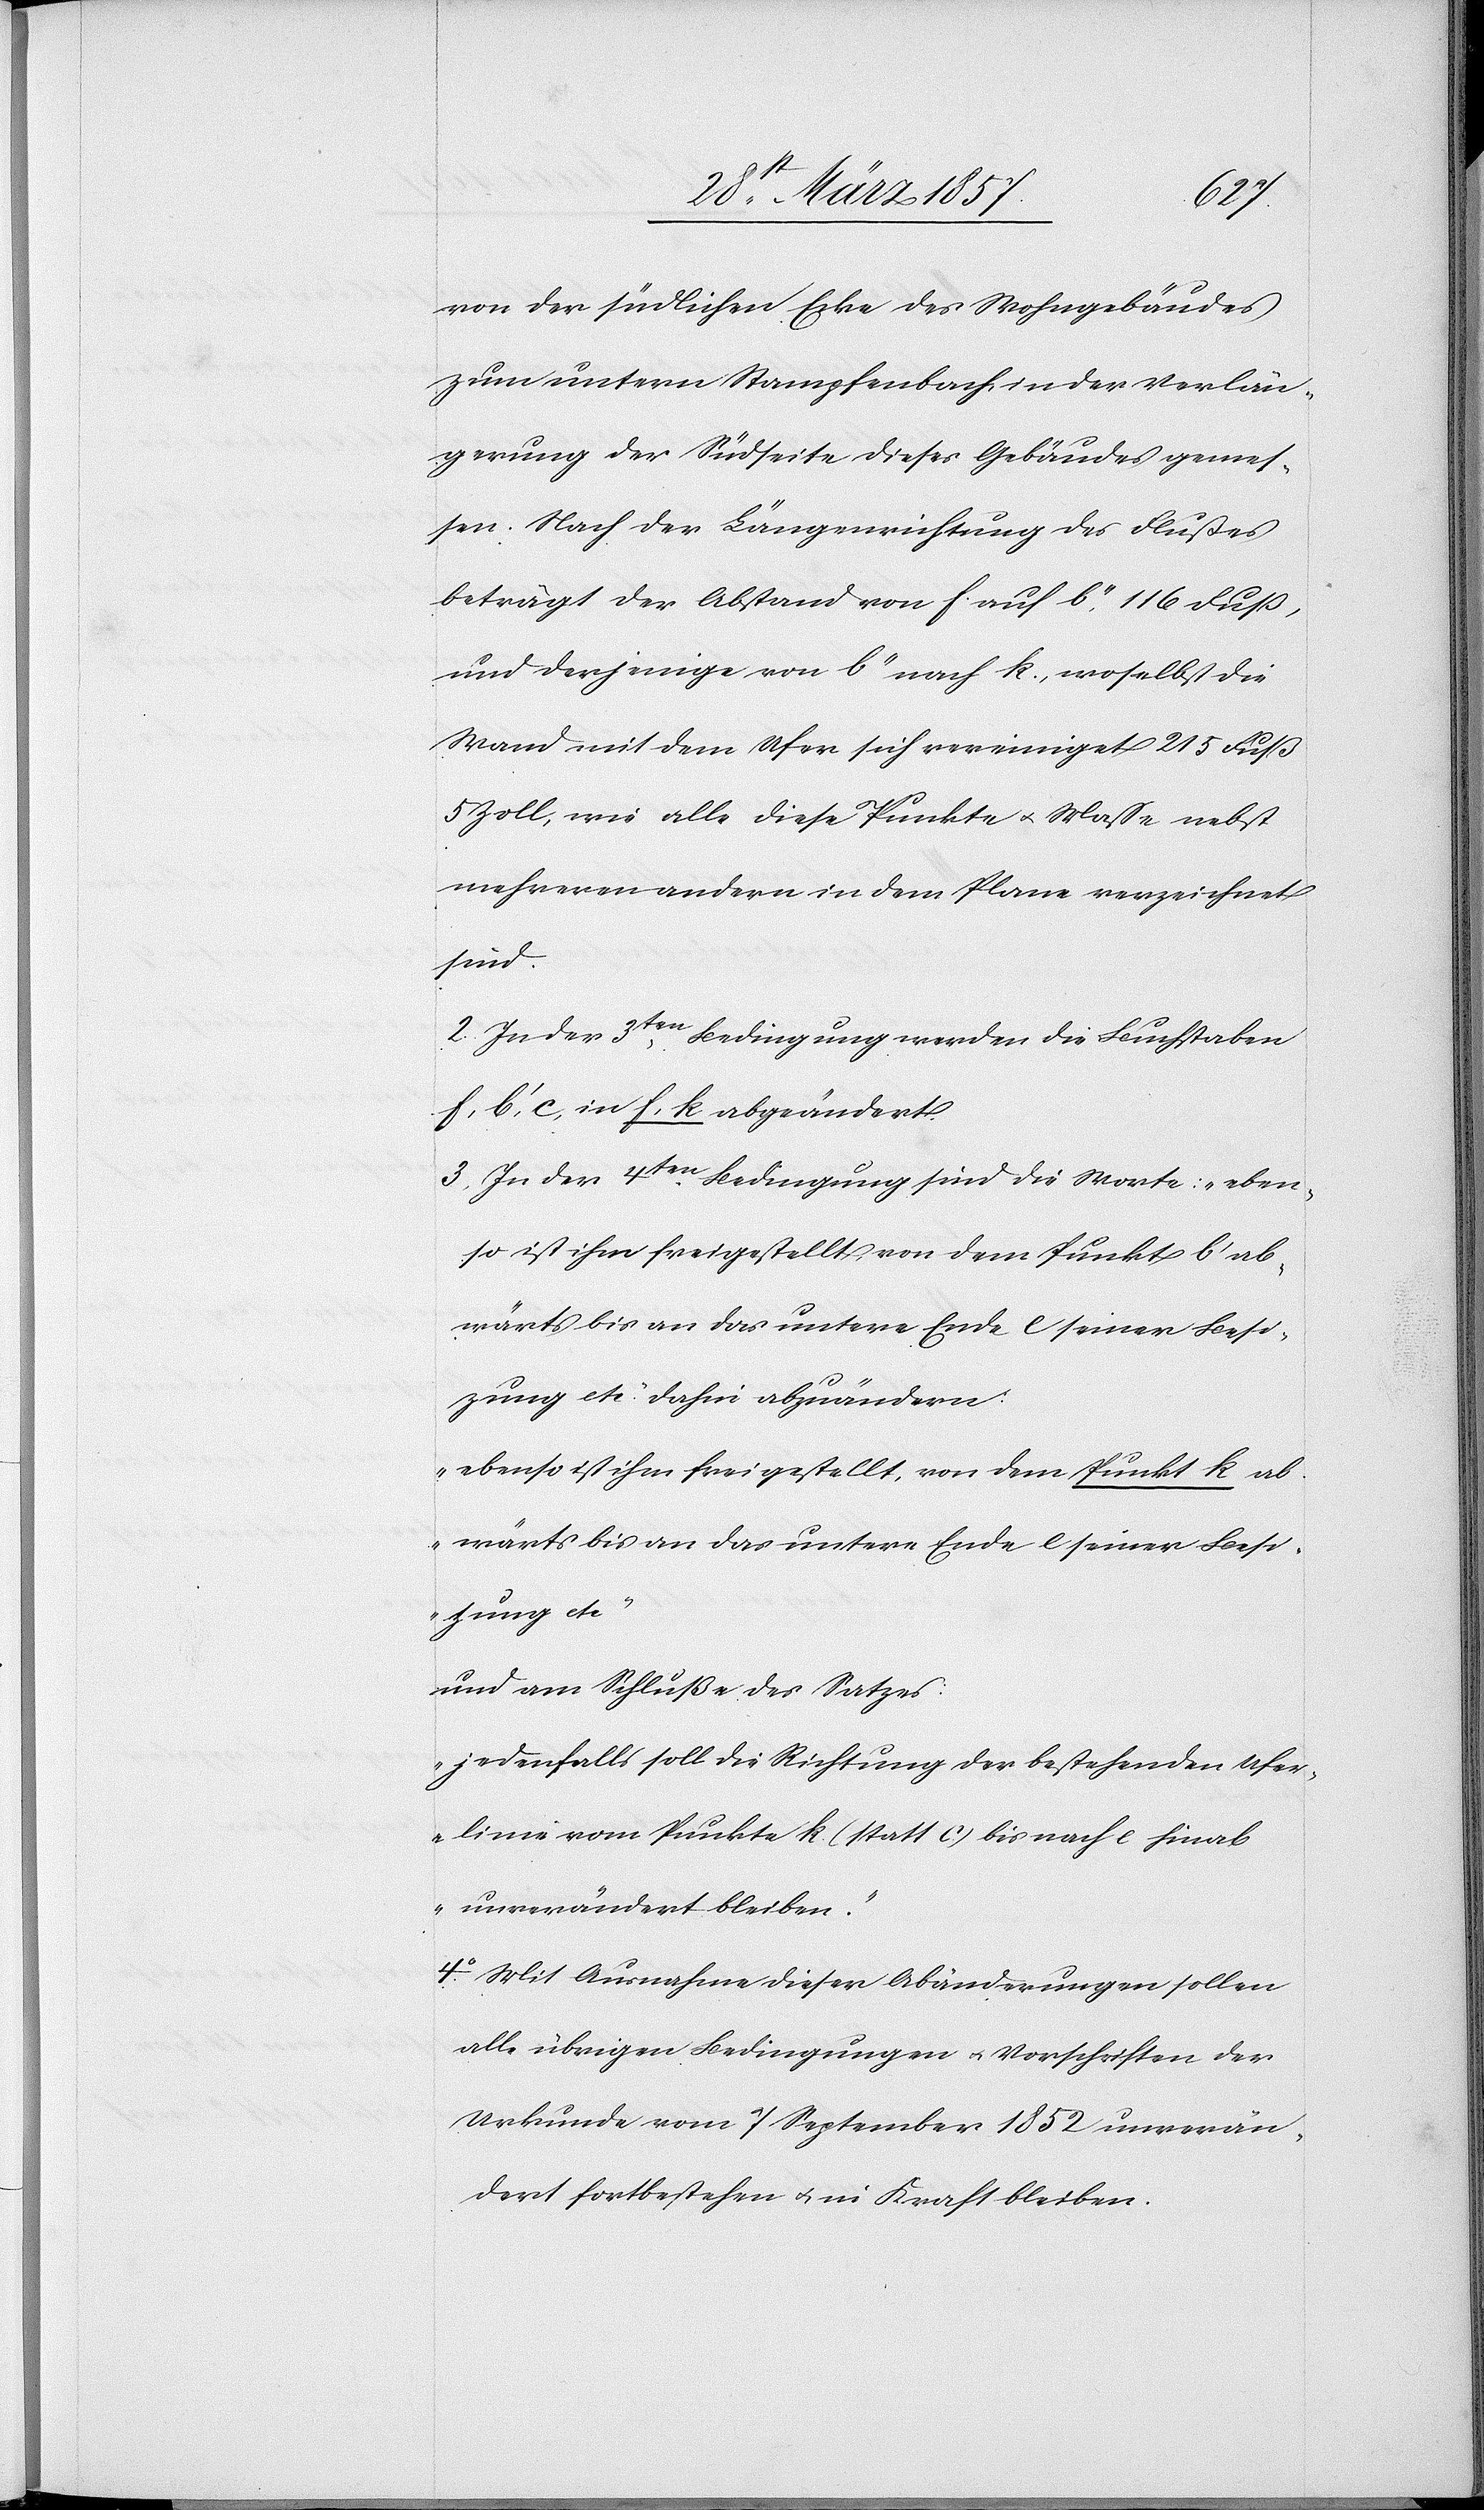
von der südlichen Ecke des Wohngebäudes
zum untern Stampfenbach, in der Verlän¬
gerung der Südseite dieses Gebäudes gemes¬
sen: Nach der Längenrichtung des Flusses
beträgt der Abstand von f. auf b’’, 116 Fuß,
und derjenige von b’’ auf k., woselbst die
Wand mit dem Ufer sich vereiniget 215 Fuß
5 Zoll, wie alle diese Punkte u. Masse nebst
mehreren andern in dem Plane verzeichnet
sind.
2. In der 3ten Bedingung werden die Buchstaben
f, b’, c, in f, k abgeändert.
3. In der 4ten Bedingung sind die Worte: „eben¬
so ist ihm freigestellt von dem Punkt b’ ab¬
wärts bis an das untere Ende e seiner Besi¬
zung etc.“ dahin abzuändern:
„ebenso ist ihm freigestellt, von dem Punkt k ab¬
wärts bis an das untere Ende e seiner Besi¬
zung etc.“
und am Schluß des Satzes:
„jedenfalls soll die Richtung der bestehenden Ufer¬
linie vom Punkte k (statt c) bis nach e hinab
unverändert bleiben.“
4o Mit Ausnahme dieser Abänderungen sollen
alle übrigen Bedingungen u. Vorschriften der
Urkunde vom 7 September 1852 unverän¬
dert fortbestehen u. in Kraft bleiben.